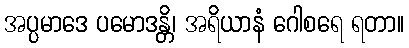
အပ္ပမာဒေ ပမောဒန္တိ၊ အရိယာနံ ဂေါစရေ ရတာ။